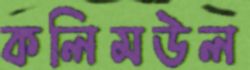
কলিমউল